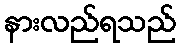
နားလည်ရသည်